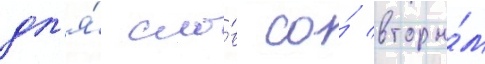
дл'я́ сло́в со́ вторы́м